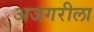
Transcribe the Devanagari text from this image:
अजगरीला